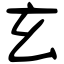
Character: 玄